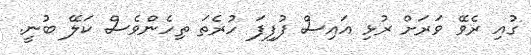
ގުއި ރެވޭ ވަރަށް ރުޅި އައިސް ފުފިފަ ހުރެތަ ތިހެންވެސް ކަލޭ ބުނީ.